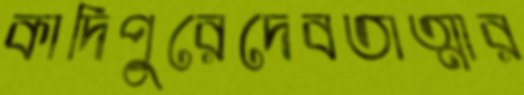
কাদিপুরেদেবতাত্মার